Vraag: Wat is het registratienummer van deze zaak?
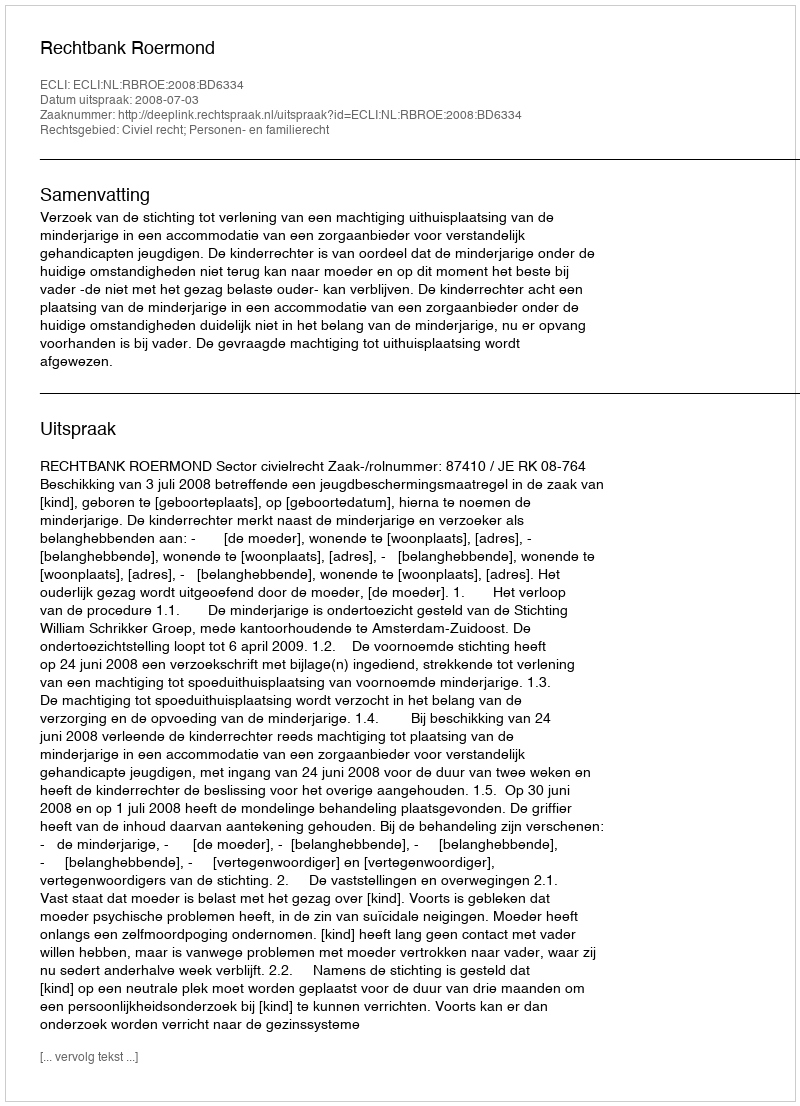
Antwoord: http://deeplink.rechtspraak.nl/uitspraak?id=ECLI:NL:RBROE:2008:BD6334